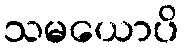
သမယောပိ